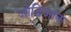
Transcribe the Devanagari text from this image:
जोडिआक